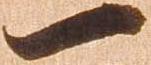
一